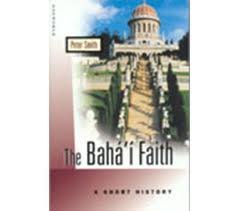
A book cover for A Short History of the Baha'I Faith; Peter Smith; Religion & Spirituality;